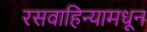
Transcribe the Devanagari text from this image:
रसवाहिन्यामधून